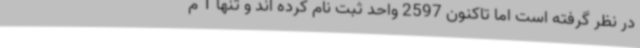
در نظر گرفته است اما تاکنون 2597 واحد ثبت نام کرده اند و تنها 1 م